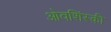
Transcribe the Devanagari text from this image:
ओवशिंस्की